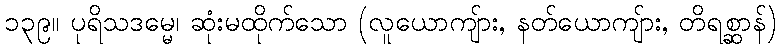
၁၃၉။ ပုရိသဒမ္မေ၊ ဆုံးမထိုက်သော (လူယောကျ်ား, နတ်ယောကျ်ား, တိရစ္ဆာန်)